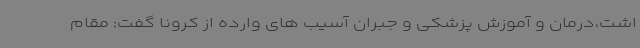
اشت،‌درمان و آموزش پزشکی و جبران آسیب های وارده از کرونا گفت: مقام